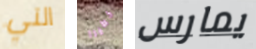
التي خطيرا يمارس